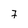
Character: 7